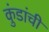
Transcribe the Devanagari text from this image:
कुंडांची